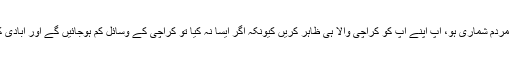
میری آپ سب سے اپیل ہے کہ جب بھی مردم شماری ہو، آپ اپنے آپ کو کراچی والا ہی ظاہر کریں کیونکہ اگر ایسا نہ کیا تو کراچی کے وسائل کم ہوجائیں گے اور آبادی کے اعتبار سے بہت مسائل پیدا ہوں گے۔